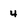
Character: 4